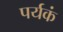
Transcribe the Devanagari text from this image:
पर्यकं